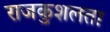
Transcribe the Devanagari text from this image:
राजकुशलता